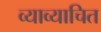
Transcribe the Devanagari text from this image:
व्याव्याचित